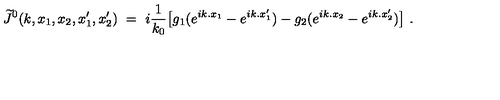
\widetilde J ^ { 0 } ( k , x _ { 1 } , x _ { 2 } , x _ { 1 } ^ { \prime } , x _ { 2 } ^ { \prime } ) \ = \ i \frac { 1 } { k _ { 0 } } \big [ g _ { 1 } ( e ^ { i k . x _ { 1 } } - e ^ { i k . x _ { 1 } ^ { \prime } } ) - g _ { 2 } ( e ^ { i k . x _ { 2 } } - e ^ { i k . x _ { 2 } ^ { \prime } } ) \big ] \ .